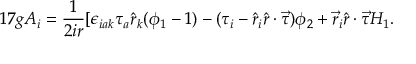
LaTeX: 1 7 g A _ { i } = \frac { 1 } { 2 i r } [ \epsilon _ { i a k } \tau _ { a } \hat { r } _ { k } ( \phi _ { 1 } - 1 ) - ( \tau _ { i } - \hat { r } _ { i } \hat { r } \cdot \vec { \tau } ) \phi _ { 2 } + \vec { r } _ { i } \hat { r } \cdot \vec { \tau } H _ { 1 } .